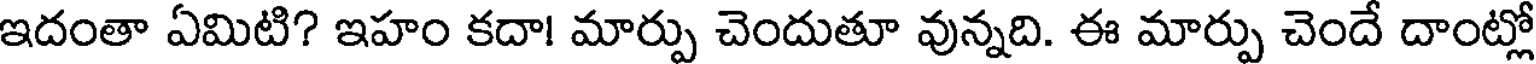
ఇదంతా ఏమిటి? ఇహం కదా! మార్పు చెందుతూ వున్నది. ఈ మార్పు చెందే దాంట్లో